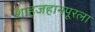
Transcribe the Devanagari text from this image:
शाहजहानपूरला